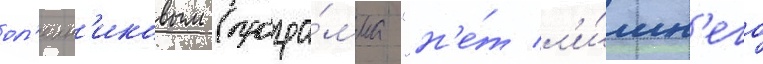
ол'еин'иковым (програ́мма "н'е́т л'и́шн'его